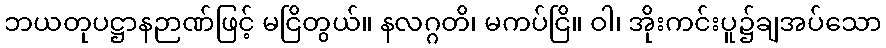
ဘယတုပဋ္ဌာနဉာဏ်ဖြင့် မငြိတွယ်။ နလဂ္ဂတိ၊ မကပ်ငြိ။ ဝါ၊ အိုးကင်းပူ၌ချအပ်သော